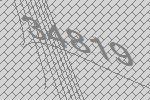
34819